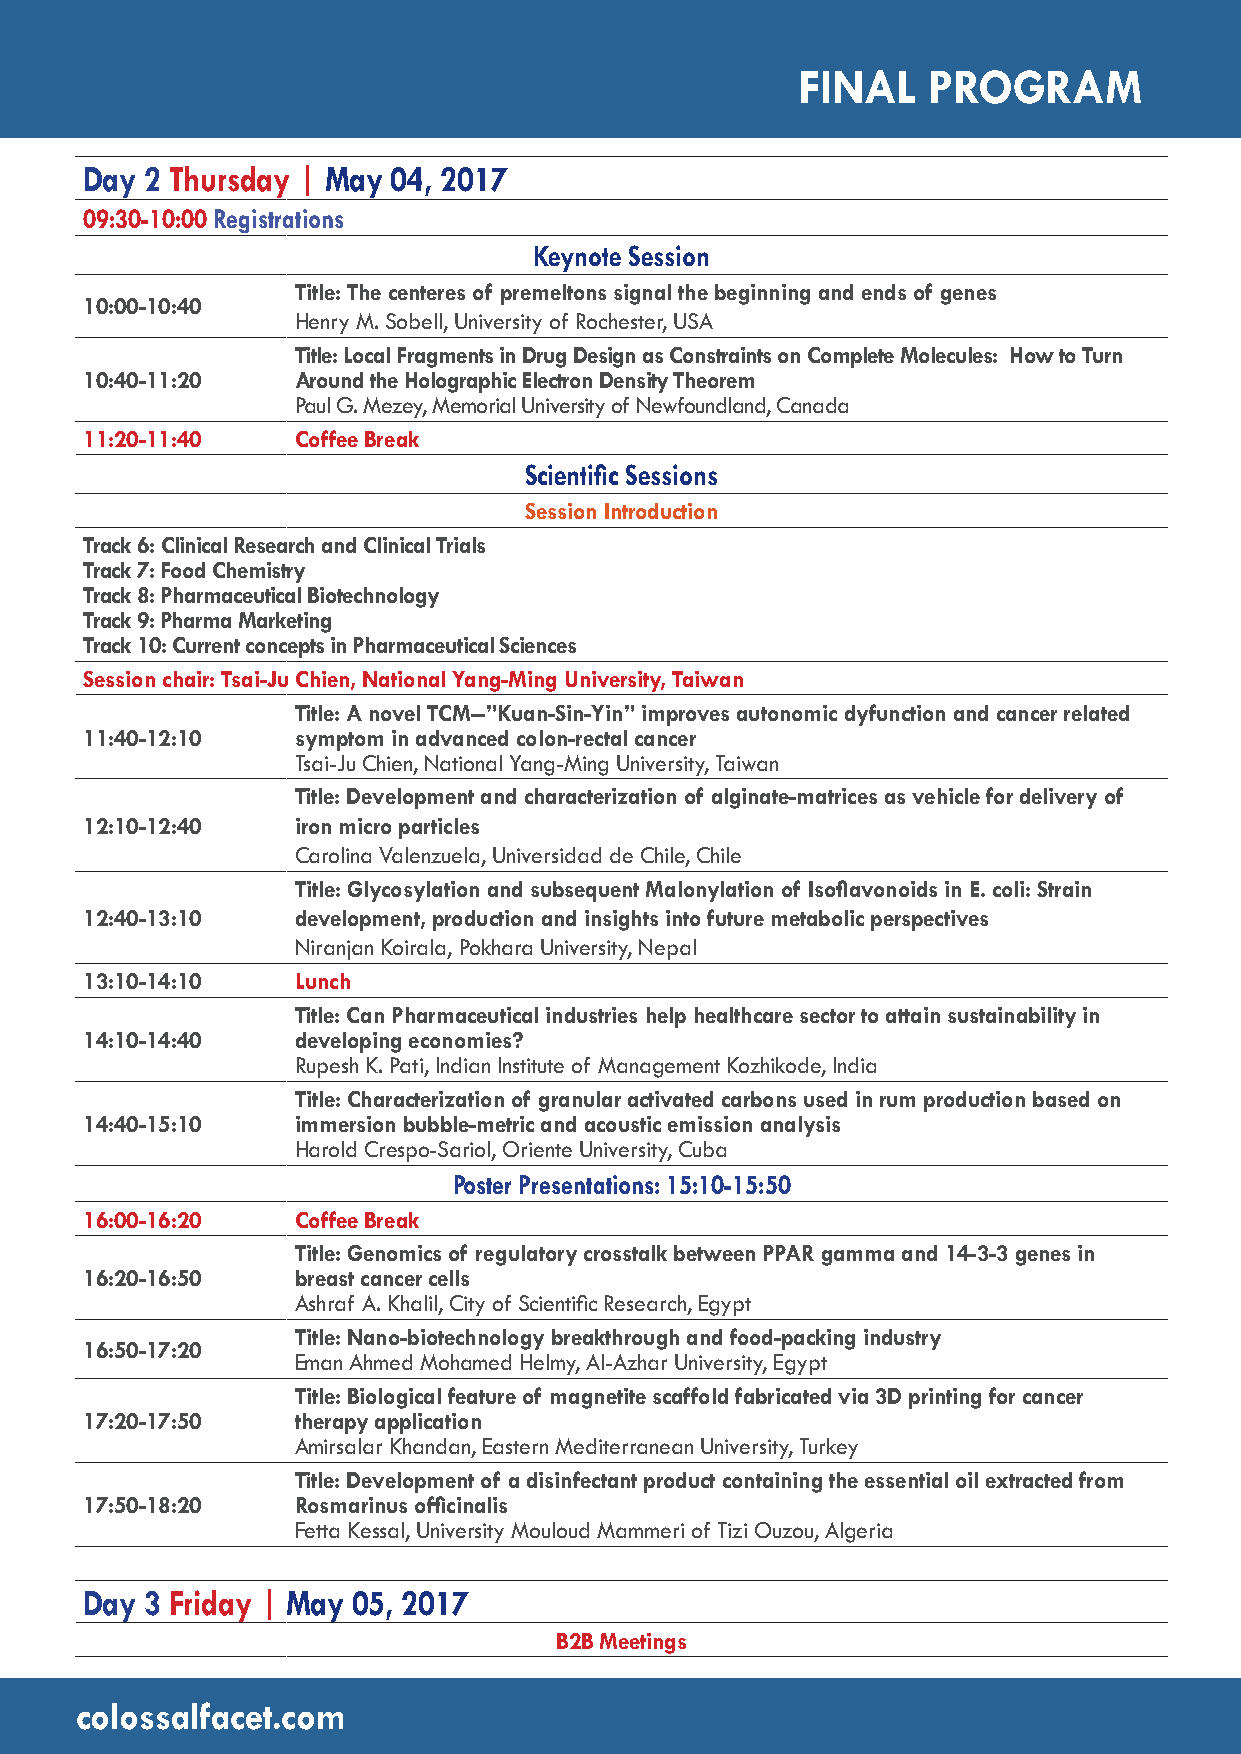
FINAL   PROGRAM
 Day 2 Thursday | May 04, 2017
 09:30-10:00 Registrations
 Keynote Session
 Title: The centeres of premeltons signal the beginning and ends of genes
 10:00-10:40
 Henry M. Sobell, University of Rochester, USA
 Title: Local Fragments in Drug Design as Constraints on Complete Molecules: How to Turn
 10:40-11:20  Around the Holographic Electron Density Theorem
 Paul G. Mezey, Memorial University of Newfoundland, Canada
 11:20-11:40  Coffee Break
 Scientific Sessions
 Session Introduction
 Track 6: Clinical Research and Clinical Trials
 Track 7: Food Chemistry
 Track 8: Pharmaceutical Biotechnology
 Track 9: Pharma Marketing
 Track 10: Current concepts in Pharmaceutical Sciences
 Session chair: Tsai-Ju Chien, National Yang-Ming University, Taiwan
 Title: A novel TCM--”Kuan-Sin-Yin” improves autonomic dyfunction and cancer related
 11:40-12:10  symptom in advanced colon-rectal cancer
 Tsai-Ju Chien, National Yang-Ming University, Taiwan
 Title: Development and characterization of alginate-matrices as vehicle for delivery of
 12:10-12:40  iron micro particles
 Carolina Valenzuela, Universidad de Chile, Chile
 Title: Glycosylation and subsequent Malonylation of Isoflavonoids in E. coli: Strain
 12:40-13:10  development, production and insights into future metabolic perspectives
 Niranjan Koirala, Pokhara University, Nepal
 13:10-14:10  Lunch
 Title: Can Pharmaceutical industries help healthcare sector to attain sustainability in
 14:10-14:40  developing economies?
 Rupesh K. Pati, Indian Institute of Management Kozhikode, India
 Title: Characterization of granular activated carbons used in rum production based on
 14:40-15:10  immersion bubble-metric and acoustic emission analysis
 Harold Crespo-Sariol, Oriente University, Cuba
 Poster Presentations: 15:10-15:50
 16:00-16:20  Coffee Break
 Title: Genomics of regulatory crosstalk between PPAR gamma and 14-3-3 genes in
 16:20-16:50  breast cancer cells
 Ashraf A. Khalil, City of Scientific Research, Egypt
 Title: Nano-biotechnology breakthrough and food-packing industry
 16:50-17:20
 Eman Ahmed Mohamed Helmy, Al-Azhar University, Egypt
 Title: Biological feature of magnetite scaffold fabricated via 3D printing for cancer
 17:20-17:50  therapy application
 Amirsalar Khandan, Eastern Mediterranean University, Turkey
 Title: Development of a disinfectant product containing the essential oil extracted from
 17:50-18:20  Rosmarinus officinalis
 Fetta Kessal, University Mouloud Mammeri of Tizi Ouzou, Algeria
 Day 3 Friday | May 05, 2017
 B2B Meetings
 colossalfacet.com